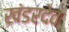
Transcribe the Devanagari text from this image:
खंडरदेव